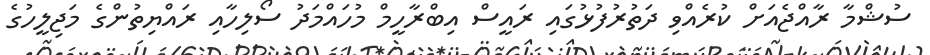
ސުޝްމާ ރާއްޖެއަށް ކުރެއްވި ދަތުރުފުޅުގައި ރައީސް އިބްރާހީމް މުހައްމަދު ސޯލިހާއި ރައްޔިތުންގެ މަޖިލީހުގެ